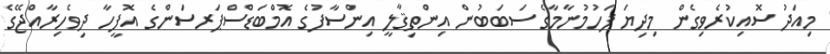
މިއަދު ސޮއިކުރެވިގެން މިދިޔަ ފަހުމުނާމާގެ ސަބަބުން އިންތިޤާލީ އިންސާފުގެ އޮމްބަޑްސްޕަރސަންގެ އޮފީހާ ދިވެހިރާއްޖޭގެ